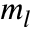
m _ { l }